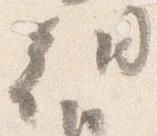
朝